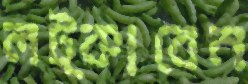
লট্‌কাবেন